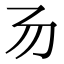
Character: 𠃓